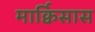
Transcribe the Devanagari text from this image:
मार्क्विसास